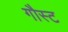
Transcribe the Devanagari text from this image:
गौस्ट